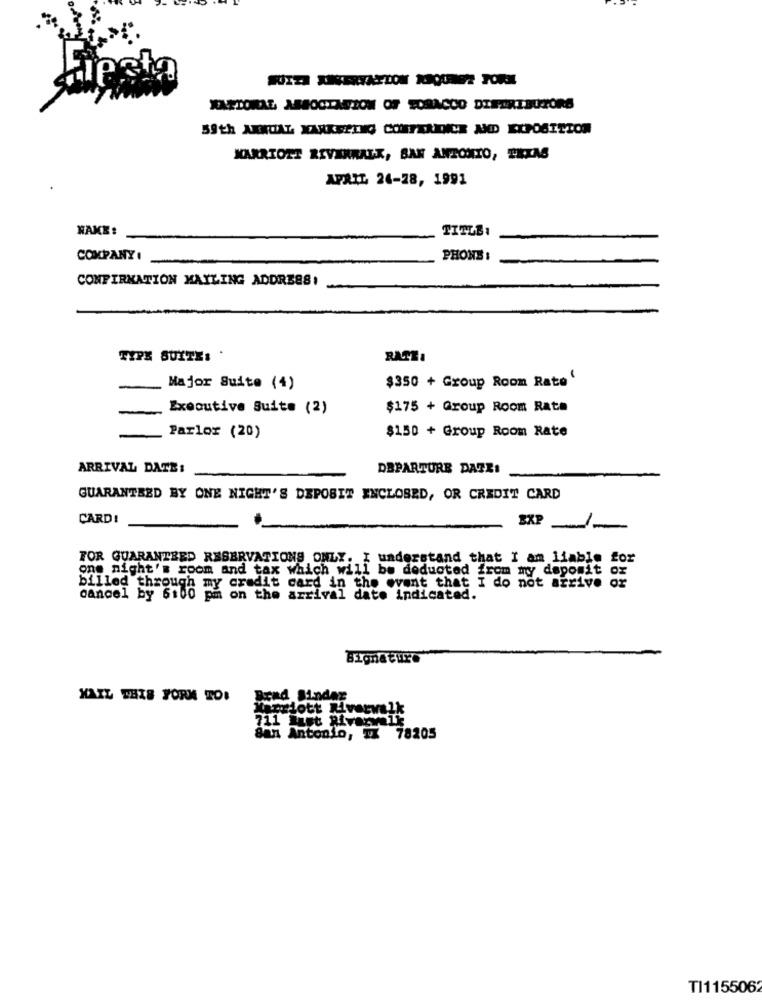
Lipela
XAETORAL ASSOCIATION OF TOBACCO DIFARTBUTORS
59th ANNUAL MARKERING CONFERENCE AND EXPOSITION
MARRIOTT RIVERWALK, SAN ANTONIO, TEXAS
APRIL 24-28, 1991
WAKE:
TITLE:
COMPANY :
PHONE :
CONFIRMATION MAILING ADDRESS:
TIPS SUITE: .
RATEI
$350 + Group Room Rate '
Major Suite (4)
Executive Suite (2)
$175 + Group Room Rata
$150 + Group Room Rate
Parlor (20)
ARRIVAL DATE :
DEPARTURE DATE:
GUARANTEED BY ONE NIGHT'S DEPOSIT ENCLOSED, OR CREDIT CARD
CARD!
EXP
FOR GUARANTEED RESERVATIONS ONLY. I understand that I am liable for
one night's room and tax which will be deducted from my deposit or
billed through my credit card in the event that I do not arrive o
cancel by 6:00 pm on the arrival date indicated.
Bignature
HAIL THIS FORM TOI
Brad Binder
Marriott Riverwalk
1 List Riverwalk
San Antonio, TX 78205
TI1155062